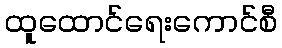
ထူထောင်ရေးကောင်စီ